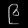
Digit: ၉